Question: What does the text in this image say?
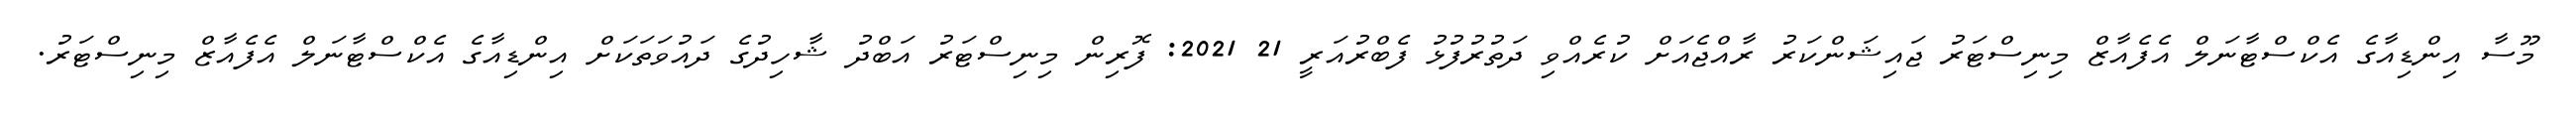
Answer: މޫސާ އިންޑިއާގެ އެކްސްޓާނަލް އެފެއާޒް މިނިސްޓަރު ޖައިޝަންކަރު ރާއްޖެއަށް ކުރެއްވި ދަތުރުފުޅު ފެބްރުއަރީ 21 2021: ފޮރިން މިނިސްޓަރު އަބްދު ޝާހިދުގެ ދައުވަތަކަށް އިންޑިއާގެ އެކްސްޓާނަލް އެފެއާޒް މިނިސްޓަރު.